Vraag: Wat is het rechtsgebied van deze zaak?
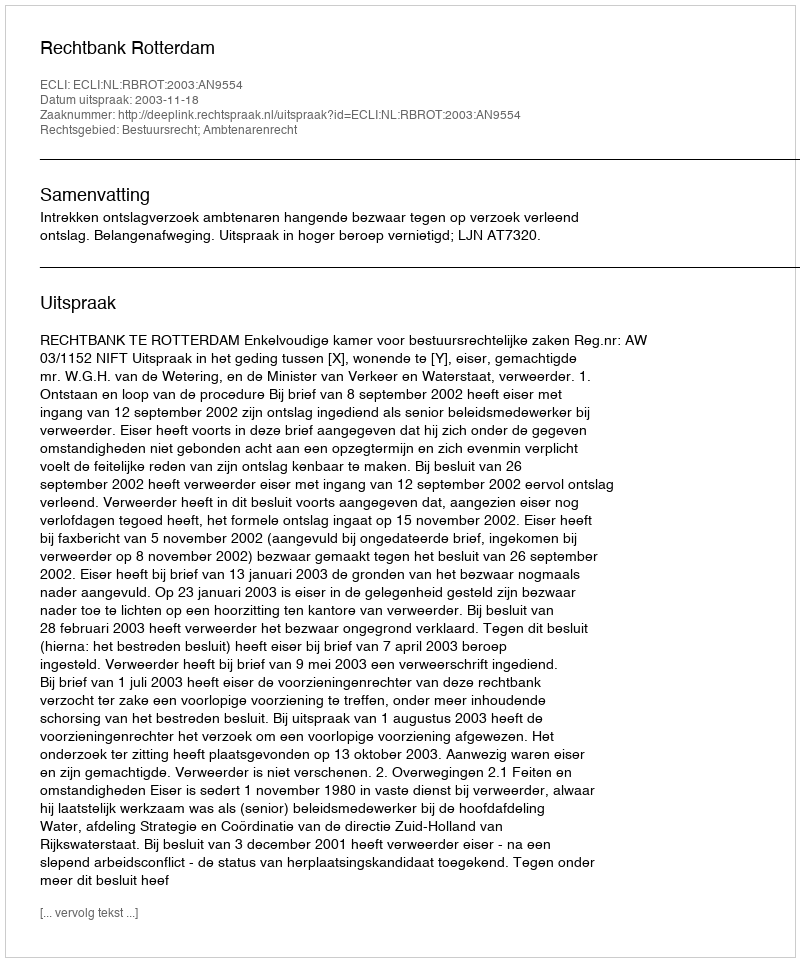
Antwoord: Bestuursrecht; Ambtenarenrecht